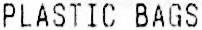
PLASTIC BAGS